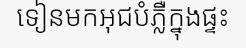
ទៀនមកអុជបំភ្លឺក្នុងផ្ទះ